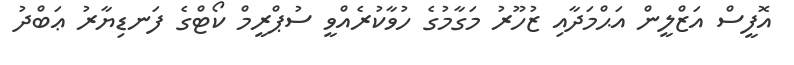
އޮފީސް އަޒްލީން އަޙްމަދާއި ޒުހޫރު މަގާމުގެ ހުވާކުރެއްވީ ސުޕްރީމް ކޯޓްގެ ފަނޑިޔާރު ޢަބްދު